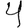
Digit: 4